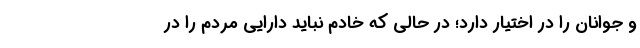
و جوانان را در اختیار دارد؛ در حالی که خادم نباید دارایی مردم را در